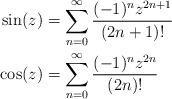
LaTeX: \begin{align*}\sin(z)&=\sum_{n=0}^\infty\frac{(-1)^nz^{2n+1}}{(2n+1)!}\\\cos(z)&=\sum_{n=0}^\infty\frac{(-1)^nz^{2n}}{(2n)!}\end{align*}